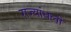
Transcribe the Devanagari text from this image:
राज्यांधली